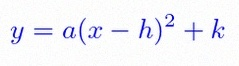
y=a(x-h)^2+k